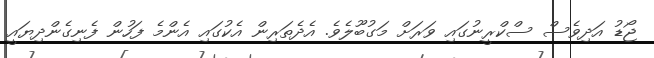
ޖޯޑު އަދިވެސް ސްކްރީނުގައި ވަރަށް މަގުބޫލެވެ. އެދެތަރިން އެކުގައި އެންމެ ފަހުން ފެނިގެންދިޔައީ